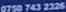
0750 743 2326